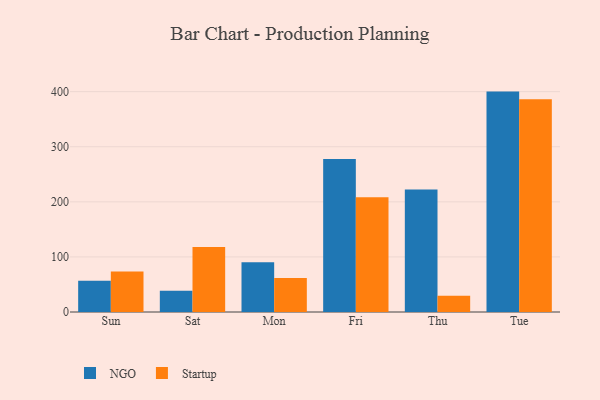
{"axis": {"x": "Day", "y": "Energy Usage (MWh)"}, "legend": ["NGO", "Startup"], "data": [{"x": "Sun", "y": 56.8, "type": "NGO"}, {"x": "Sun", "y": 73.7, "type": "Startup"}, {"x": "Sat", "y": 38.8, "type": "NGO"}, {"x": "Sat", "y": 118.2, "type": "Startup"}, {"x": "Mon", "y": 90.4, "type": "NGO"}, {"x": "Mon", "y": 61.5, "type": "Startup"}, {"x": "Fri", "y": 277.8, "type": "NGO"}, {"x": "Fri", "y": 208.2, "type": "Startup"}, {"x": "Thu", "y": 222.5, "type": "NGO"}, {"x": "Thu", "y": 29.7, "type": "Startup"}, {"x": "Tue", "y": 400.1, "type": "NGO"}, {"x": "Tue", "y": 386.4, "type": "Startup"}]}